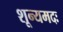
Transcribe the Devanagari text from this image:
शून्यमदः